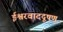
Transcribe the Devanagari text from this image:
ईश्वरवाददूषण